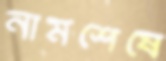
নামশেষে